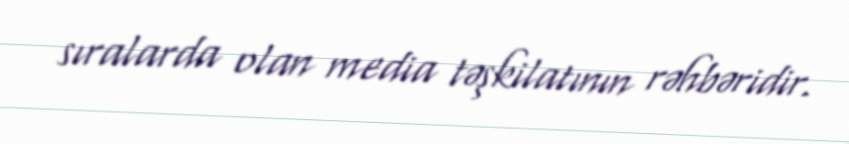
sıralarda olan media təşkilatının rəhbəridir.